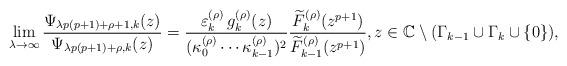
LaTeX: \begin{align*}\lim_{\lambda\rightarrow\infty}\frac{\Psi_{\lambda p(p+1)+\rho+1,k}(z)}{\Psi_{\lambda p(p+1)+\rho,k}(z)}=\frac{\varepsilon_{k}^{(\rho)}\,g_{k}^{(\rho)}(z)}{(\kappa_0^{(\rho)}\cdots\kappa_{k-1}^{(\rho)})^2} \frac{\widetilde{F}_k^{(\rho)}(z^{p+1})}{\widetilde{F}_{k-1}^{(\rho)}(z^{p+1})}, z\in\mathbb{C}\setminus(\Gamma_{k-1}\cup\Gamma_{k}\cup\{0\}),\end{align*}